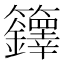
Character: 𮇁